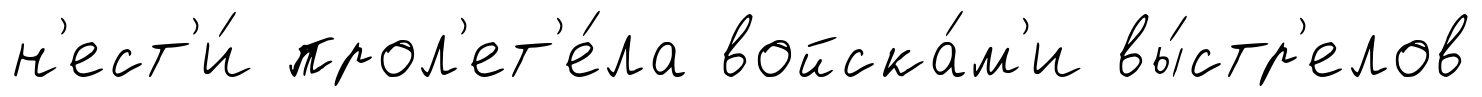
н'ест'и́ прол'ет'е́ла войска́м'и вы́стр'елов